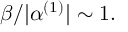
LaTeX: \beta / | \alpha ^ { ( 1 ) } | \sim 1 .